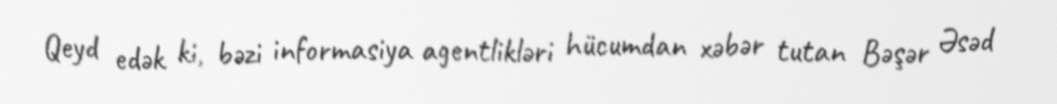
Qeyd edək ki, bəzi informasiya agentlikləri hücumdan xəbər tutan Bəşər Əsəd